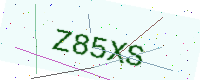
Text: Z85XS